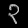
Digit: ၃